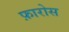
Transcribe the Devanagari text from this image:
फ़ारोस